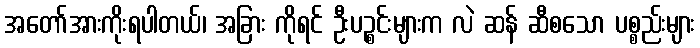
အတော်အားကိုးရပါတယ်၊ အခြား ကိုရင် ဦးပဉ္စင်းများက လဲ ဆန် ဆီစသော ပစ္စည်းများ